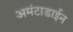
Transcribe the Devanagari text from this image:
अमंटाडाईन